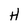
Character: H